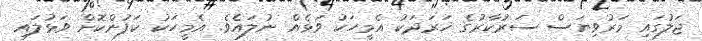
ޖަލުގައި މަރުވިޔަސް ސަރުކާރުގެ ޚަރަދަކު އެމީހަކު ވަޅެއް ނުލައެވެ. އެމީހަކު ކަފުންކޮށް ވަޅުލައި